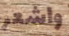
واشعر